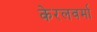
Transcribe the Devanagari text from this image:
केरलवर्मा